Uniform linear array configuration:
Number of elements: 64
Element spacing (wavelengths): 0.75
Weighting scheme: binomial
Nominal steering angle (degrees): -45
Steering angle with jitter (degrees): -43.249
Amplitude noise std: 0.05
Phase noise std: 0.05

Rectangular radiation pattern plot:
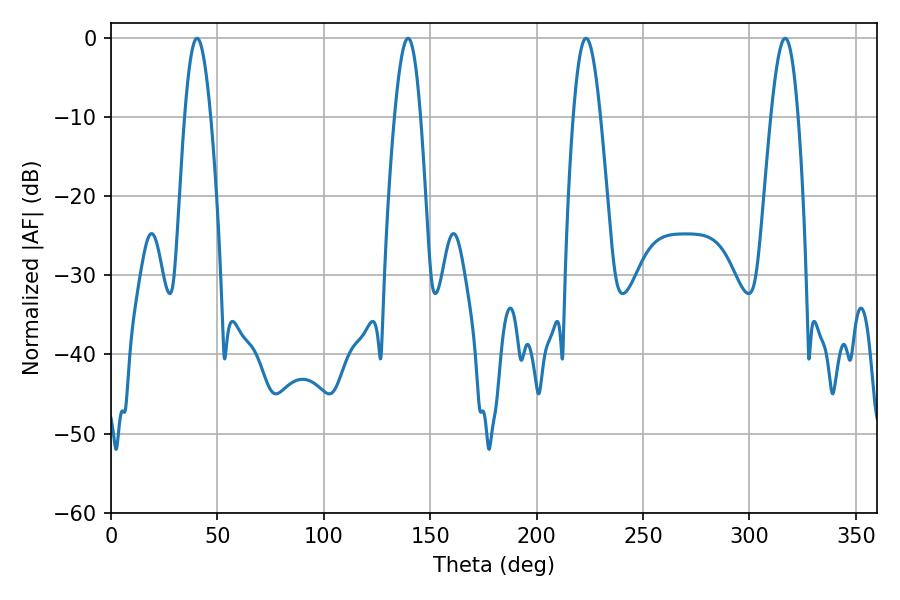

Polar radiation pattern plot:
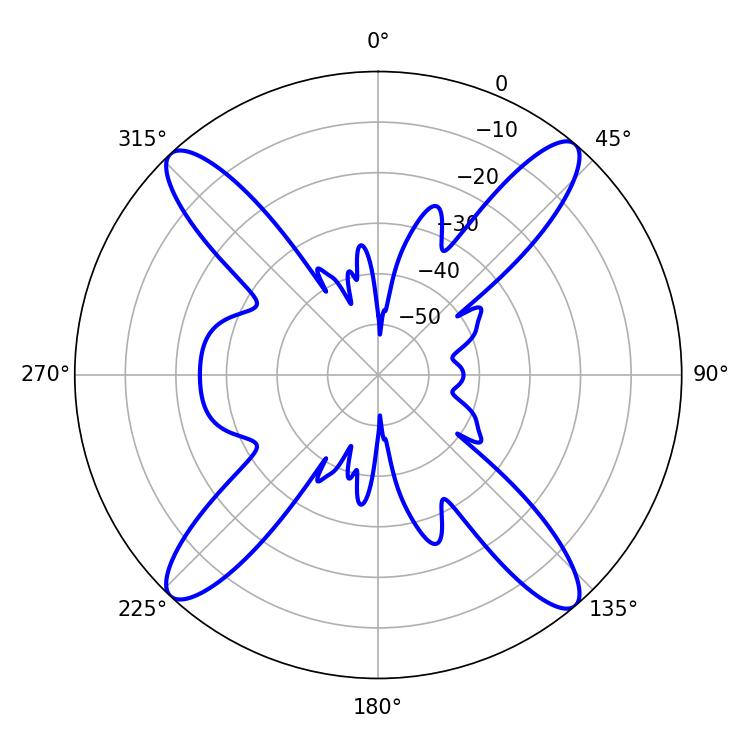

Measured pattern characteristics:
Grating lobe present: TRUE
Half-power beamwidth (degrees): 6.84
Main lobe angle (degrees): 223.2